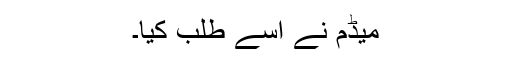
میڈم نے اسے طلب کیا۔